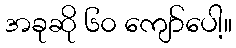
အခုဆို ၆၀ ကျော်ပေါ့။